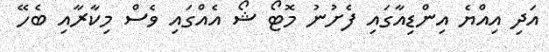
އަދި އިއްޔެ އިންޑިއާގައި ފެށުނު މޮޓޯ ޝޯ އެއްގައި ވެސް މިކާރާއި ބެހޭ